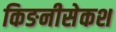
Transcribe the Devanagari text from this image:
किङनीसेकश